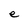
Character: e